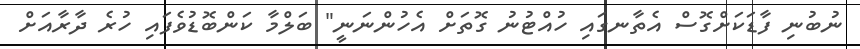
ނުބުނި ފާޑަކަށްގޮސް އެތާނގައި ހުއްޓުނު ގޮތަށް އެހުންނަނީ" ބަލްމާ ކަންބޮޑުވެފައި ހުރެ ދާރާއަށް